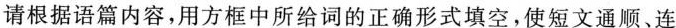
请根据语篇内容，用方框中所给词的正确形式填空，使短文通顺、连